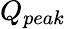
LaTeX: Q_{peak}